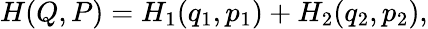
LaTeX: H(Q,P)=H_{1}(q_{1},p_{1})+H_{2}(q_{2},p_{2}),